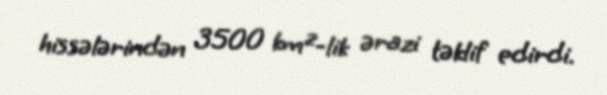
hissələrindən 3500 km²-lik ərazi təklif edirdi.